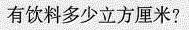
有饮料多少立方厘米？